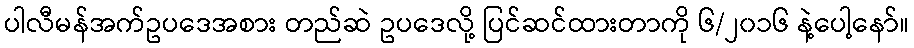
ပါလီမန်အက်ဥပဒေအစား တည်ဆဲ ဥပဒေလို့ ပြင်ဆင်ထားတာကို ၆/၂၀၁၆ နဲ့ပေါ့နော်။